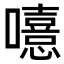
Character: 𡃨